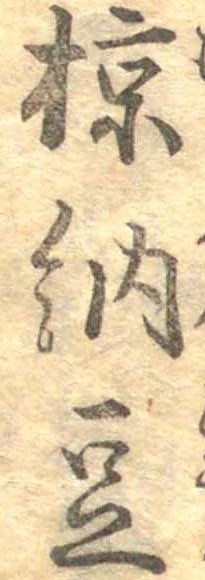
椋納豆